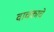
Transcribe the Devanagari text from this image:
वाचकाचे